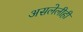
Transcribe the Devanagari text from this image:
असलेलीही